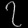
Digit: ၇